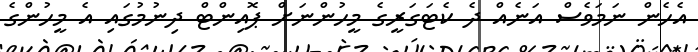
އެހެން ނަމަވެސް އަނެއް ދެ ކެޓަގަރީގެ މީހުންނަށް ޕޮއިންޓް ދިނުމުގައި އެ މީހުންގެ